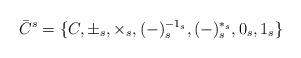
LaTeX: \begin{align*}\bar{C}^{s}=\{C,\pm_{s},\times_{s}, (-)_{s}^{-1_{s}},(-)_{s}^{*_{s}},0_{s},1_{s}\}\end{align*}